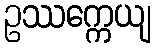
ဥဿက္ကေယျ